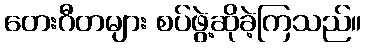
တေးဂီတများ စပ်ဖွဲ့ဆိုခဲ့ကြသည်။